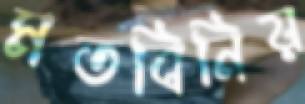
মতবিনিয়